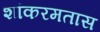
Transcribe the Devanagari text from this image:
शांकरमतास